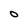
Character: O